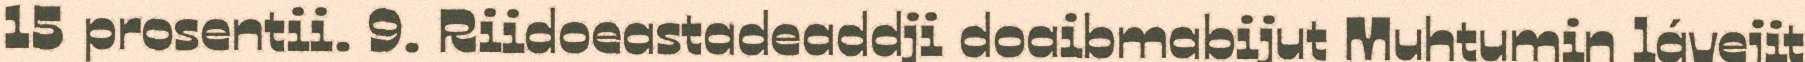
15 prosentii. 9. Riidoeastadeaddji doaibmabijut Muhtumin lávejit